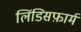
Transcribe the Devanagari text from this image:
लिंडिसफ़ार्म